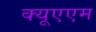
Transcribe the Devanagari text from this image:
क्यूएएम